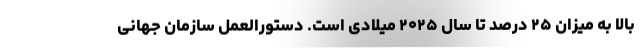
بالا به میزان ۲۵ درصد تا سال ۲۰۲۵ میلادی است. دستورالعمل سازمان جهانی